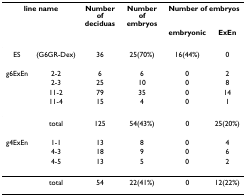
| <COLSPAN=2> line name | Number of deciduas | Number of embryos | <COLSPAN=2> Number of embryos |
 |  |  |  |  | embryonic | ExEn |
 | --- | --- | --- | --- | --- | --- |
 | ES | (G6GR-Dex) | 36 | 25(70%) | 16(44%) | 0 |
 | g6ExEn | 2-2 | 6 | 6 | 0 | 2 |
 |  | 2-3 | 25 | 10 | 0 | 8 |
 |  | 11-2 | 79 | 35 | 0 | 14 |
 |  | 11-4 | 15 | 4 | 0 | 1 |
 |  | total | 125 | 54(43%) | 0 | 25(20%) |
 | g4ExEn | 1-1 | 13 | 8 | 0 | 4 |
 |  | 4-3 | 18 | 9 | 0 | 6 |
 |  | 4-5 | 13 | 5 | 0 | 2 |
 |  | total | 54 | 22(41%) | 0 | 12(22%) |